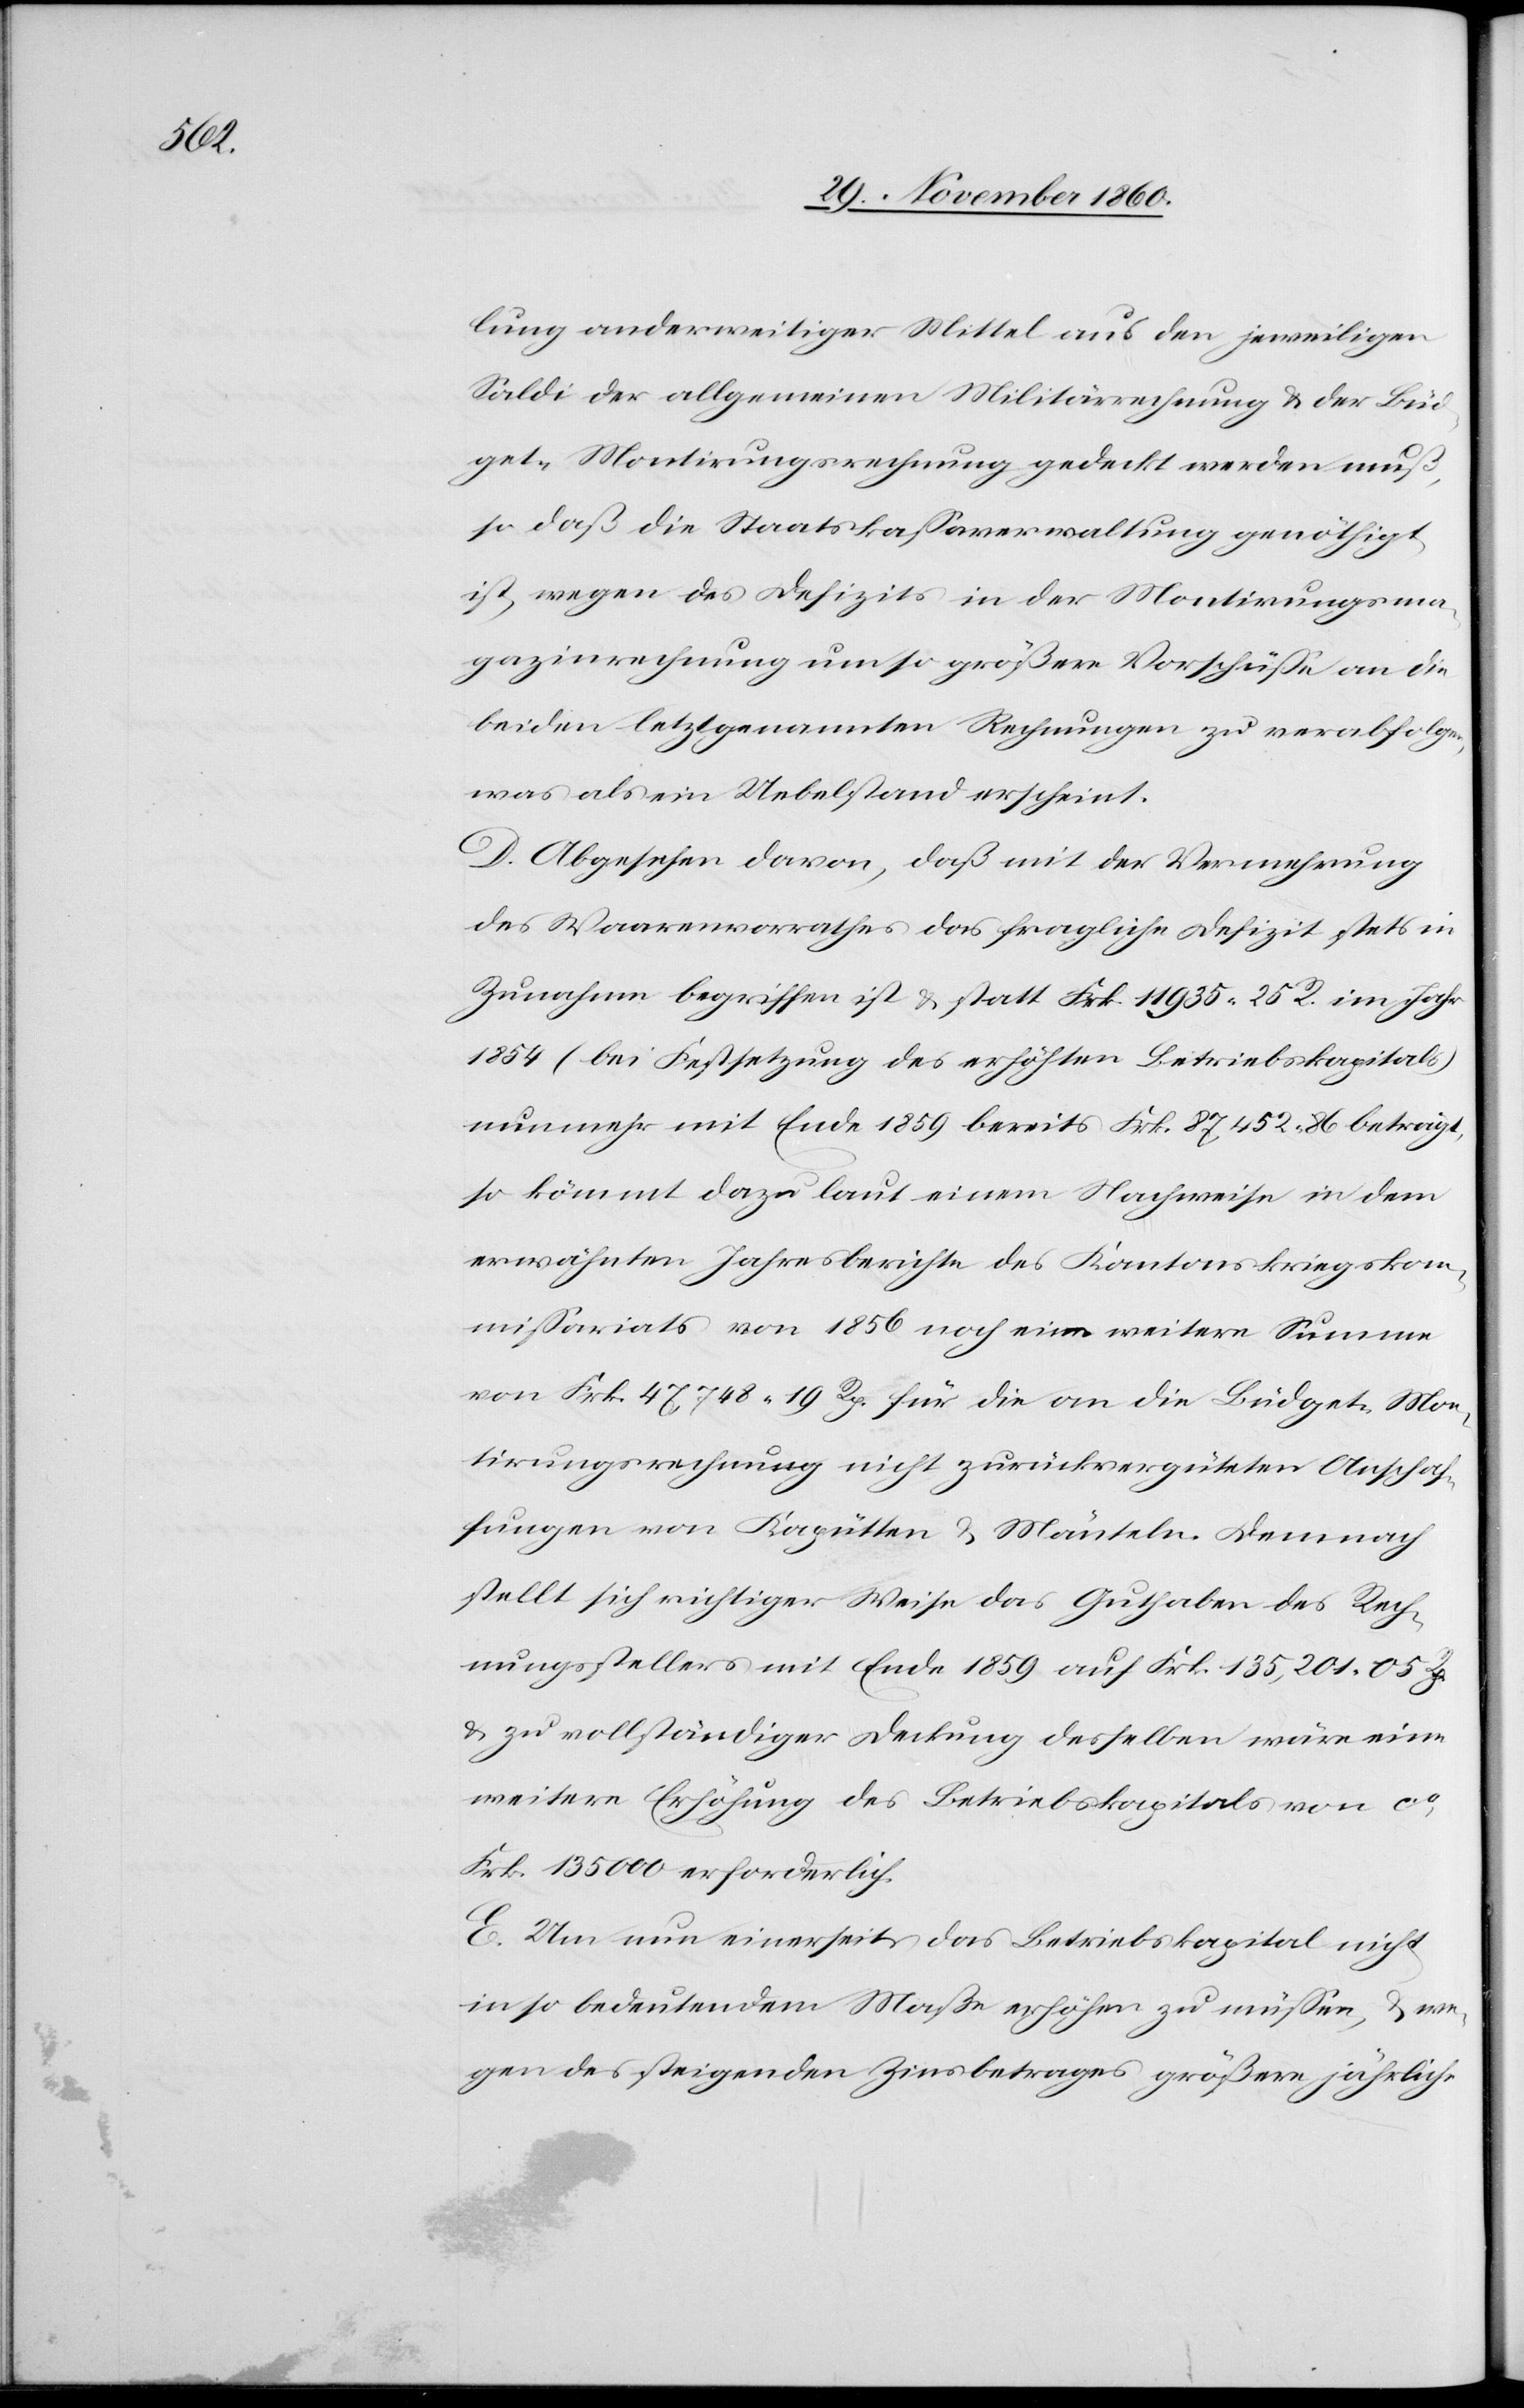
lung anderweitiger Mittel aus den jeweiligen
Saldi der allgemeinen Militärrechnung u. der Büd¬
get-Montirungsrechnung gedeckt werden muß,
so daß die Staatskassaverwaltung genöthigt
ist, wegen des Defizits in der Montirungsma¬
gazinrechnung um so größere Vorschüsse an die
beiden letztgenannten Rechnungen zu verabfolgen,
was als ein Uebelstand erscheint.
D. Abgesehen davon, daß mit der Vermehrung
des Waarenvorrathes das fragliche Defizit stets in
Zunahme begriffen ist u. statt Frk. 11 935 25 R. im Jahr
1854 (bei Festsetzung des erhöhten Betriebskapitals)
nunmehr mit Ende 1859 bereits Frk. 87,452 86 beträgt,
so kömmt dazu laut einem Nachweise in dem
erwähnten Jahresberichte des Kantonskriegskom¬
missariats von 1856 noch eine weitere Summe
von Frk. 47,748 19 Rp. für die an die Büdget-Mon¬
tirungsrechnung nicht zurückvergüteten Anschaf¬
fungen von Kapütten u. Mänteln. Demnach
stellt sich richtiger Weise das Guthaben des Rech¬
nungsstellers mit Ende 1859 auf Frk. 135,201 05 Rp.
u. zu vollständiger Deckung desselben wäre eine
weitere Erhöhung des Betriebskapitals von ca
Frk. 135 000 erforderlich.
E. Um nun einerseits das Betriebskapital nicht
in so bedeutendem Maße erhöhen zu müssen, u. we¬
gen des steigenden Zinsbetrages größere jährliche